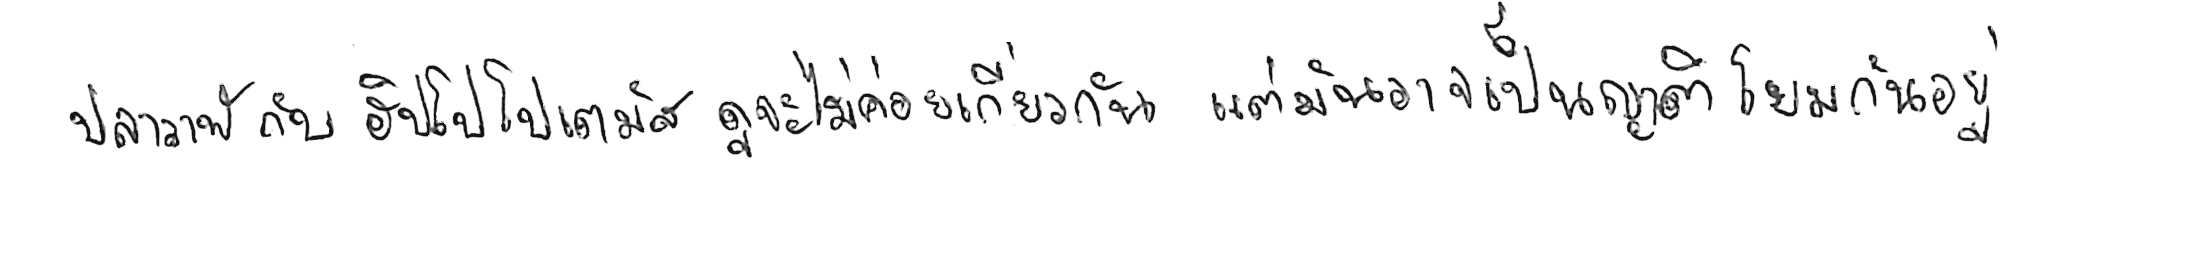
ปลาวาฬ กับ ฮิปโปโปเตมัส ดูจะไม่ค่อยเกี่ยวกัน แต่มันอาจเป็นญาติโยมกันอยู่